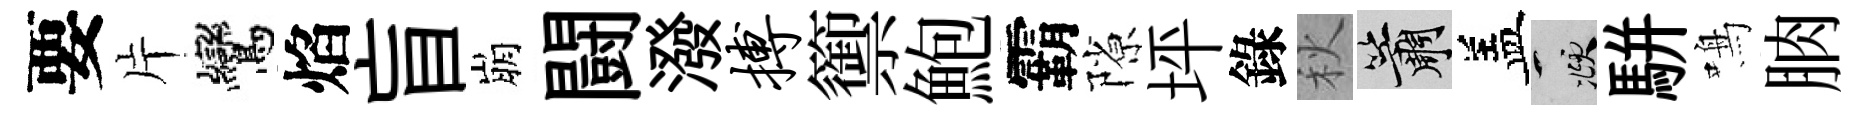
要片鸞焰盲崩闘潑搏籞鮑霸隙坪錄秋簫盖頫駢鳴朒